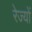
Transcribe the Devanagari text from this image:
रेज्यों